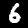
Label: 6